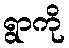
ရွာကို